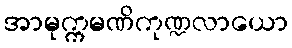
အာမုက္ကမဏိကုဏ္ဍလာယော